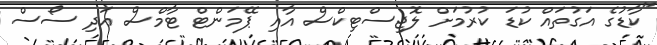
"ކާޑުގެ އަގުތައް ކުޑަ ކުރުމަށް ލޮޖިސްޓިކްސް އާއި ޕޭމަންޓް ޓާމްސް އަދި ސޯސް